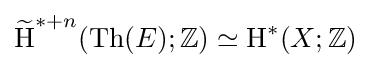
{\widetilde {\operatorname {H} }}^{*+n}({\text{Th}}(E);\mathbb {Z} )\simeq \operatorname {H} ^{*}(X;\mathbb {Z} )